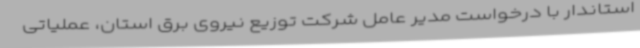
استاندار با درخواست مدیر عامل شرکت توزیع نیروی برق استان، عملیاتی